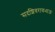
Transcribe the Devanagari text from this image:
सदशिवरावभाऊ